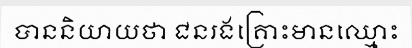
បាននិយាយថា ជនរងគ្រោះមានឈ្មោះ